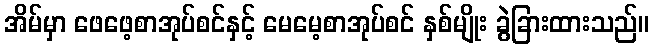
အိမ်မှာ ဖေဖေ့စာအုပ်စင်နှင့် မေမေ့စာအုပ်စင် နှစ်မျိုး ခွဲခြားထားသည်။